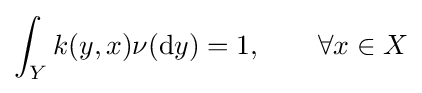
\int _{Y}k(y,x)\nu (\mathrm {d} y)=1,\qquad \forall x\in X